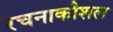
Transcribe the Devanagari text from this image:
रचनाकौशल